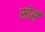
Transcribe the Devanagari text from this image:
सोर्से